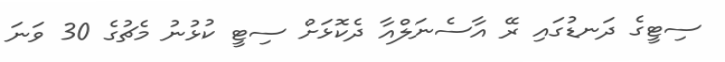
ސިޓީގެ ދަނޑުގައި ރޭ އާސެނަލްއާ ދެކޮޅަށް ސިޓީ ކުޅުނު މެޗުގެ 30 ވަނަ